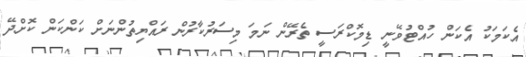
އެކަމަކު އެކަން ހުއްޓުވޭނީ ޑިމޮކްރަސީ ތެރޭން ނަމަ މިސަރުކާރުން ރައްޔިތުންނަށް ކަންކަން ކޮށްދޭ